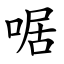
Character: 啹